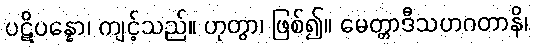
ပဋိပန္နော၊ ကျင့်သည်။ ဟုတွာ၊ ဖြစ်၍။ မေတ္တာဒီသဟဂတာနိ၊